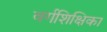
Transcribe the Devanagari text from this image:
वर्गशिक्षिका